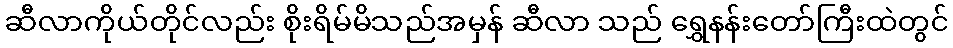
ဆီလာကိုယ်တိုင်လည်း စိုးရိမ်မိသည်အမှန် ဆီလာ သည် ရွှေနန်းတော်ကြီးထဲတွင်